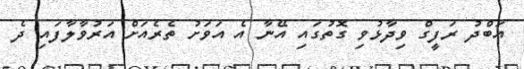
އަބްދު ރަފީގް ވިދާޅުވި ގޮތުގައި އޭނާ އެ އަވަށު ތެރެއަށް އަރުވާލާފައި ދެ